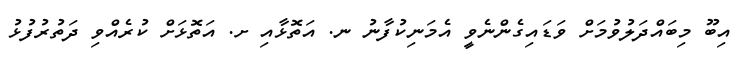
އިބޫ މިބައްދަލުވުމަށް ވަޑައިގެންނެވީ އެމަނިކުފާނު ނ. އަތޮޅާއި ށ. އަތޮޅަށް ކުރެއްވި ދަތުރުފުޅު